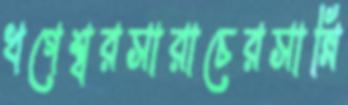
খগেশ্বরসারাচেরসান্নি